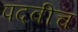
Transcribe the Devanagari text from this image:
पदवीच